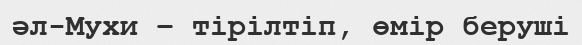
әл-Мухи – тірілтіп, өмір беруші